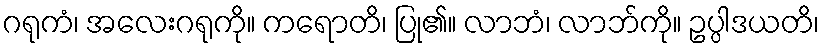
ဂရုကံ၊ အလေးဂရုကို။ ကရောတိ၊ ပြု၏။ လာဘံ၊ လာဘ်ကို။ ဥပ္ပါဒယတိ၊